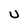
Character: U